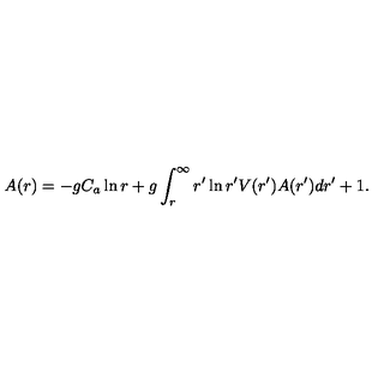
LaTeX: A ( r ) = - g C _ { a } \ln r + g \int _ { r } ^ { \infty } r ^ { \prime } \ln r ^ { \prime } V ( r ^ { \prime } ) A ( r ^ { \prime } ) d r ^ { \prime } + 1 .